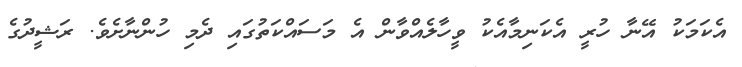
އެކަމަކު އޭނާ ހުރީ އެކަނިމާއެކު ވީހާލެއްވާން އެ މަސައްކަތުގައި ދެމި ހުންނާށެވެ. ރަޝީދުގެ